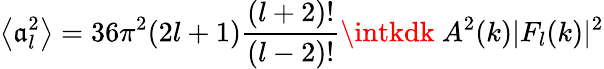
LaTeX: \left\langle\mathfrak{a}_{l}^{2}\right\rangle=36\pi^{2}(2l+1){\frac{{(l+2)!}}{{(l-2)!}}}\intkdk\ A^{2}(k)|F_{l}(k)|^{2}